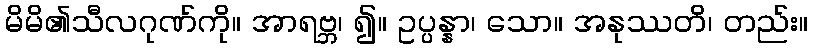
မိမိ၏သီလဂုဏ်ကို။ အာရဗ္ဘ၊ ၍။ ဥပ္ပန္နာ၊ သော။ အနုဿတိ၊ တည်း။